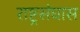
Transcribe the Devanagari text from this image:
राष्ट्रसंघास